Scientific memoirs by medical officers of the Army of India - Part III,
Year: 1887
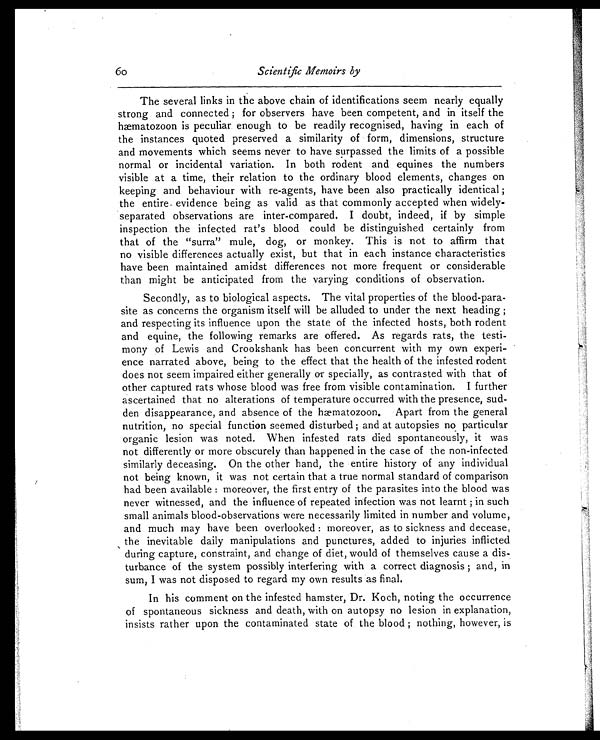
60
Scientific Memoirs by
The several links in the above chain of identifications seem nearly equally
strong and connected; for observers have been competent, and in itself the
hmatozoon is peculiar enough to be readily recognised, having in each of
the instances quoted preserved a similarity of form, dimensions, structure
and movements which seems never to have surpassed the limits of a possible
normal or incidental variation. In both rodent and equines the numbers
visible at a time, their relation to the ordinary blood elements, changes on
keeping and behaviour with re-agents, have been also practically identical;
the entire evidence being as valid as that commonly accepted when widely-
separated observations are inter-compared. I doubt, indeed, if by simple
inspection the infected rat's blood could be distinguished certainly from
that of the "surra" mule, dog, or monkey. This is not to affirm that
no visible differences actually exist, but that in each instance characteristics
have been maintained amidst differences not more frequent or considerable
than might be anticipated from the varying conditions of observation.
Secondly, as to biological aspects. The vital properties of the blood-para-
site as concerns the organism itself will be alluded to under the next heading;
and respecting its influence upon the state of the infected hosts, both rodent
and equine, the following remarks are offered. As regards rats, the testi-
mony of Lewis and Crookshank has been concurrent with my own experi-
ence narrated above, being to the effect that the health of the infested rodent
does not seem impaired either generally or specially, as contrasted with that of
other captured rats whose blood was free from visible contamination. I further
ascertained that no alterations of temperature occurred with the presence, sud-
den disappearance, and absence of the hæmatozoon. Apart from the general
nutrition, no special function seemed disturbed; and at autopsies no particular
organic lesion was noted. When infested rats died spontaneously, it was
not differently or more obscurely than happened in the case of the non-infected
similarly deceasing. On the other hand, the entire history of any individual
not being known, it was not certain that a true normal standard of comparison
had been available: moreover, the first entry of the parasites into the blood was
never witnessed, and the influence of repeated infection was not learnt; in such
small animals blood-observations were necessarily limited in number and volume,
and much may have been overlooked: moreover, as to sickness and decease,
the inevitable daily manipulations and punctures, added to injuries inflicted
during capture, constraint, and change of diet, would of themselves cause a dis-
turbance of the system possibly interfering with a correct diagnosis; and, in
sum, I was not disposed to regard my own results as final.
In his comment on the infested hamster, Dr. Koch, noting the occurrence
of spontaneous sickness and death, with on autopsy no lesion in explanation,
insists rather upon the contaminated state of the blood; nothing, however, is